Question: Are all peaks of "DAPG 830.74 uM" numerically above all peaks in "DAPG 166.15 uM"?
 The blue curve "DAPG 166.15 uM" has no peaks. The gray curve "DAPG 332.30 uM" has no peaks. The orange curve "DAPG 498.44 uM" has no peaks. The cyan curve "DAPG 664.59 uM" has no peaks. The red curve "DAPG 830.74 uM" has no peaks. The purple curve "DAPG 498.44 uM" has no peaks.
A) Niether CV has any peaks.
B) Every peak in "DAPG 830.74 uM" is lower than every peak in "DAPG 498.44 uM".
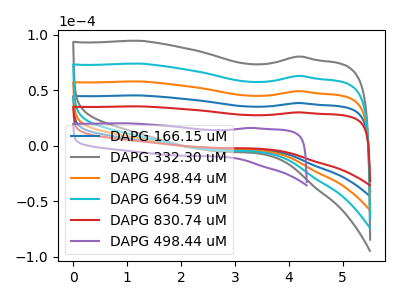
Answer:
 <answer>A) Niether CV has any peaks.</answer>
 <eval>A</eval>